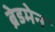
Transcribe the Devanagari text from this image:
ब्रेडमेन